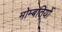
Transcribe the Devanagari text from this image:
मोम्बतियों